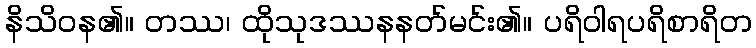
နိသိဝန၏။ တဿ၊ ထိုသုဒဿနနတ်မင်း၏။ ပရိဝါရပရိစာရိတ